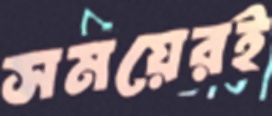
সময়েরই